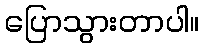
ပြောသွားတာပါ။